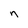
Character: n